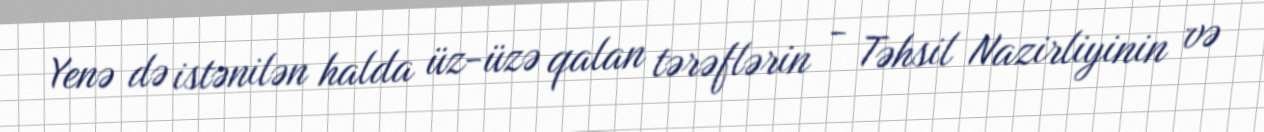
Yenə də istənilən halda üz-üzə qalan tərəflərin - Təhsil Nazirliyinin və